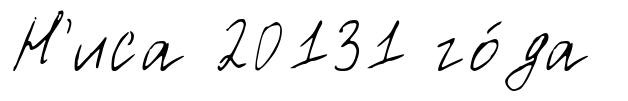
Н'иса 20131 го́да